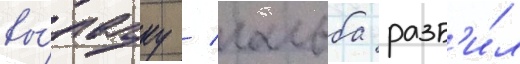
вы́лазку / гальба разб'и́л